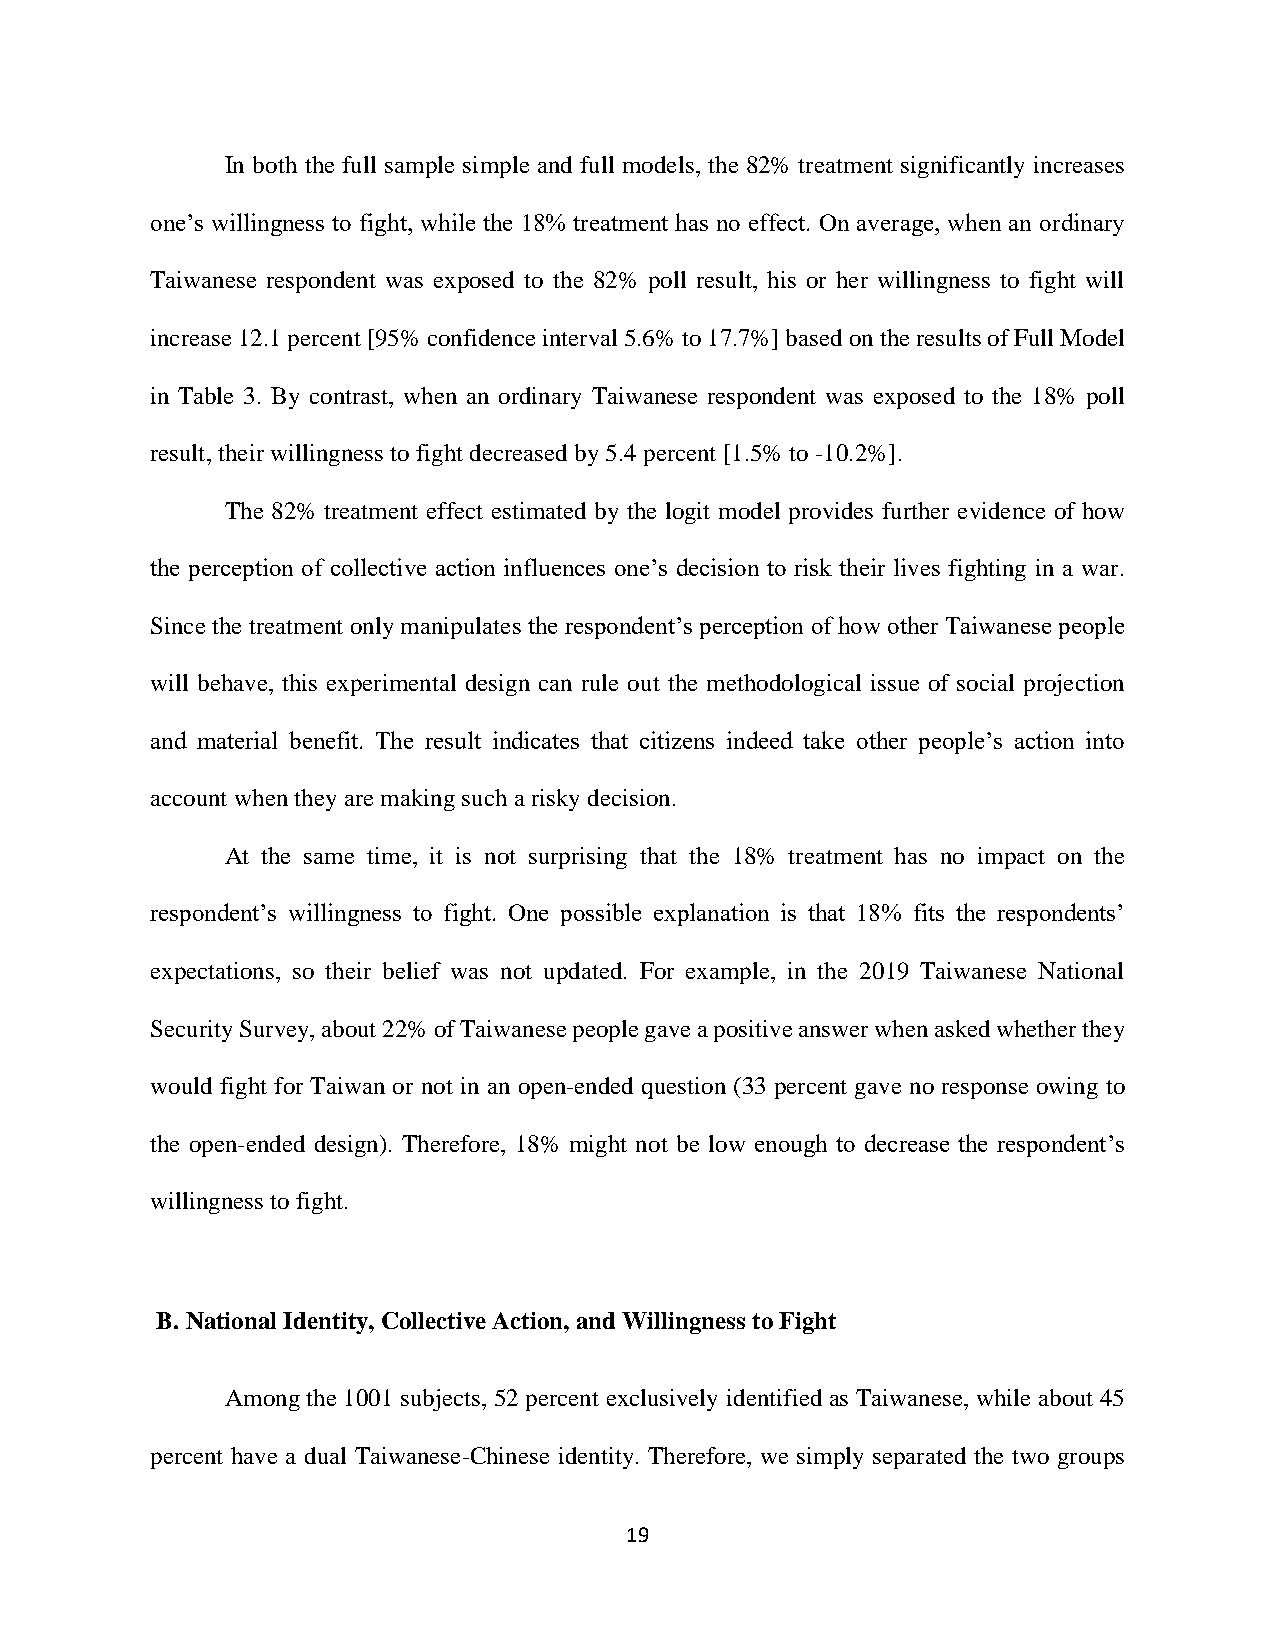
In both the full sample simple and full models, the 82% treatment significantly increases
 one’s willingness to fight, while the 18% treatment has no effect. On average, when an ordinary
 Taiwanese respondent was exposed to the 82% poll result, his or her willingness to fight will
 increase 12.1 percent [95% confidence interval 5.6% to 17.7%] based on the results of Full Model
 in Table 3. By contrast, when an ordinary Taiwanese respondent was exposed to the 18% poll
 result, their willingness to fight decreased by 5.4 percent [1.5% to -10.2%].
 The 82% treatment effect estimated by the logit model provides further evidence of how
 the perception of collective action influences one’s decision to risk their lives fighting in a war.
 Since the treatment only manipulates the respondent’s perception of how other Taiwanese people
 will behave, this experimental design can rule out the methodological issue of social projection
 and material benefit. The result indicates that citizens indeed take other people’s action into
 account when they are making such a risky decision.
 At the same time, it is not surprising that the 18% treatment has no impact on the
 respondent’s willingness to fight. One possible explanation is that 18% fits the respondents’
 expectations, so their belief was not updated. For example, in the 2019 Taiwanese National
 Security Survey, about 22% of Taiwanese people gave a positive answer when asked whether they
 would fight for Taiwan or not in an open-ended question (33 percent gave no response owing to
 the open-ended design). Therefore, 18% might not be low enough to decrease the respondent’s
 willingness to fight.
 B. National Identity, Collective Action, and Willingness to Fight
 Among the 1001 subjects, 52 percent exclusively identified as Taiwanese, while about 45
 percent have a dual Taiwanese-Chinese identity. Therefore, we simply separated the two groups
 19